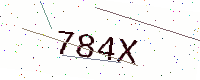
Text: 784X